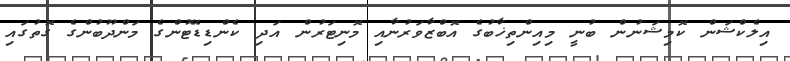
އިލެކްޝަން ކޮމިޝަނުން ބުނީ މިއިންތިޚާބުގެ އޮބްޒާވަރުނާއި މޮނިޓަރުން އަދި ކެންޑިޑޭޓުންގެ މަންދޫބުންގެ ގޮތުގައި